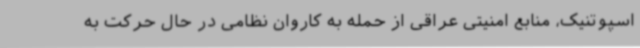
اسپوتنیک، منابع امنیتی عراقی از حمله به کاروان نظامی در حال حرکت به